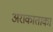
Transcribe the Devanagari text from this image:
अराकाताका